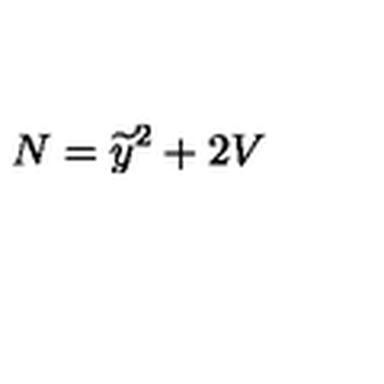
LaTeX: N = { { \widetilde y } } ^ { 2 } + 2 V